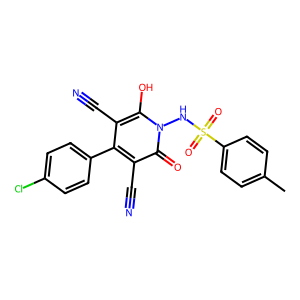
SMILES: Cc1ccc(S(=O)(=O)Nn2c(O)c(C#N)c(-c3ccc(Cl)cc3)c(C#N)c2=O)cc1
Inhibits HIV replication: No